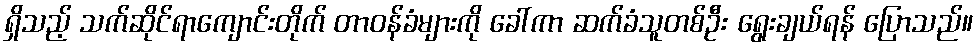
ရှိသည့် သက်ဆိုင်ရာကျောင်းတိုက် တာဝန်ခံများကို ခေါ်ကာ ဆက်ခံသူတစ်ဦး ရွေးချယ်ရန် ပြောသည်။